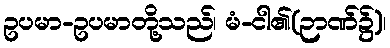
ဥပမာ-ဥပမာတို့သည်၊ မံ-ငါ၏(ဉာဏ်၌)၊